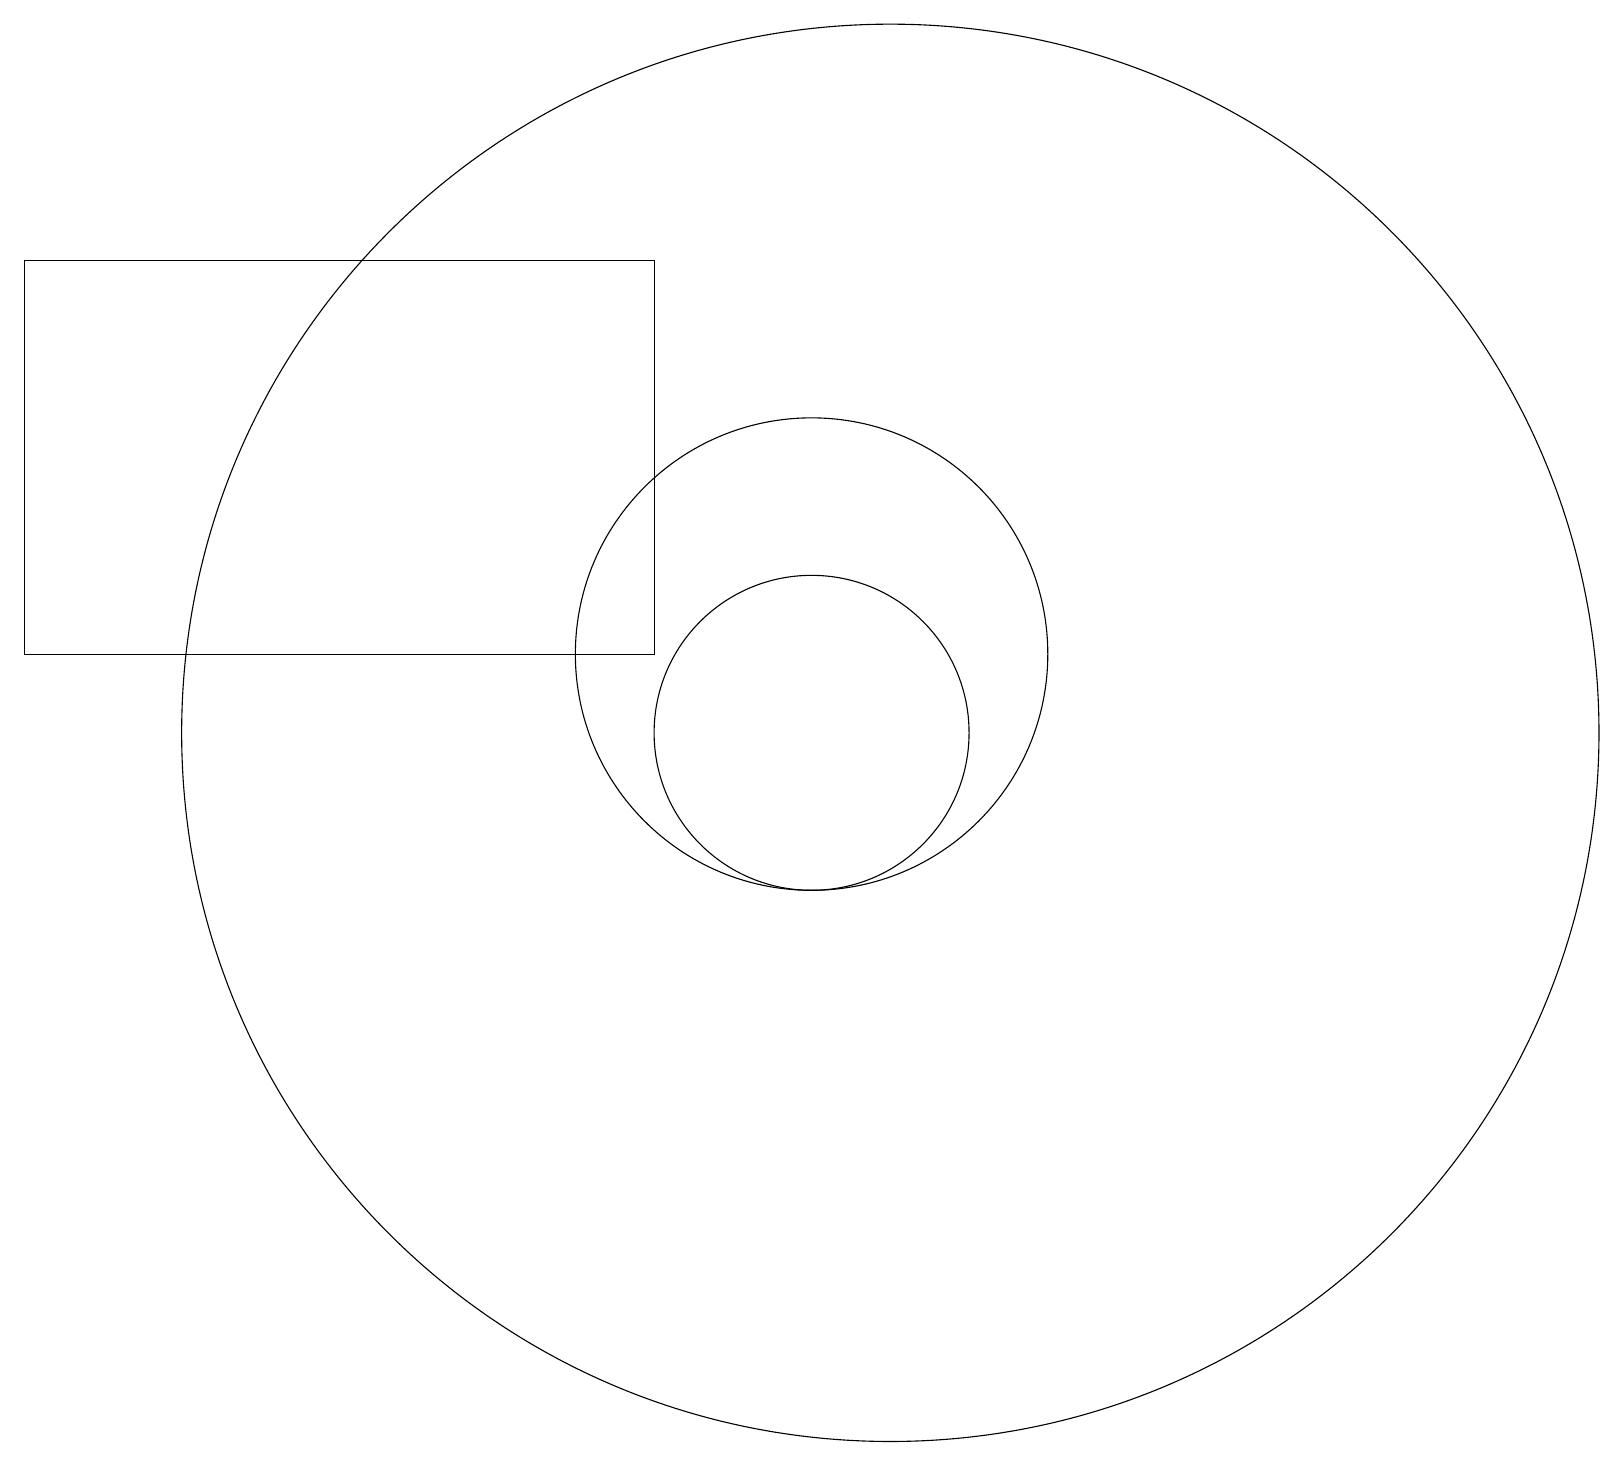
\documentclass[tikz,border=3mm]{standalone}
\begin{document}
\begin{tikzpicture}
\draw (11,10) circle (9);
\draw (10,11) circle (3);
\draw (10,10) circle (2);
\draw (8,16) rectangle (0,11);
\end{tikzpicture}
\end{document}